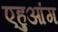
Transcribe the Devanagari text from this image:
एहुआंग